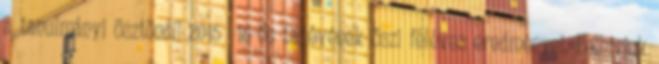
a tanulmányi ösztöndíj 2015 16-ös tanévének őszi féléves eredményei. Felhívjuk